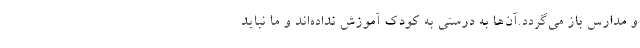
و مدارس باز می‌گردد.آن‌ها به درستی به کودک آموزش نداده‌اند و ما نباید